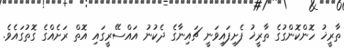
ތާރީޚު ހޮންކޮންގުގެ ތާރީޚު ފެށިފައިވަނީ ޗައިނާގެ ދެކުނު އައްސޭރީގައި އޮތް ރަށެއްގެ ގޮތުގައެވެ.